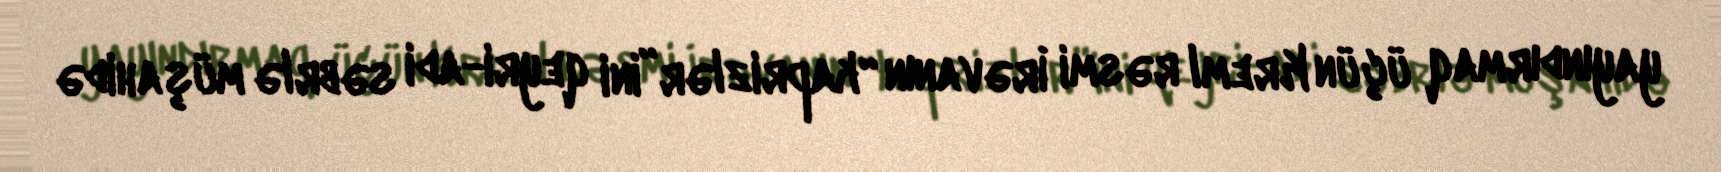
yayındırmaq üçün Kreml rəsmi İrəvanın “kaprizlər”ini qeyri-adi səbrlə müşahidə